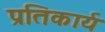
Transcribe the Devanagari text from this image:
प्रतिकार्य